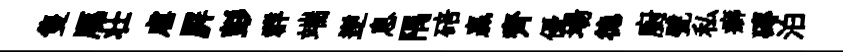
隻鴈壮虐屛彭群端逆息隅碚贏齊優場徳廚甓私癖磚泊